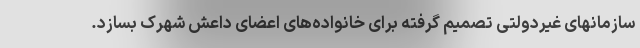
سازمانهای غیردولتی تصمیم گرفته برای خانواده‌های اعضای داعش شهرک بسازد.